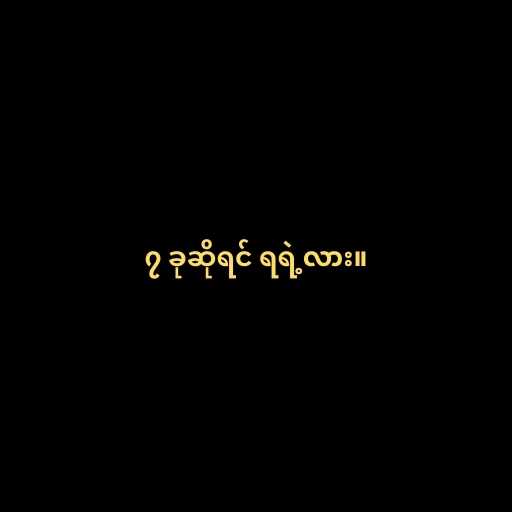
၇ ခုဆိုရင် ရရဲ့လား။